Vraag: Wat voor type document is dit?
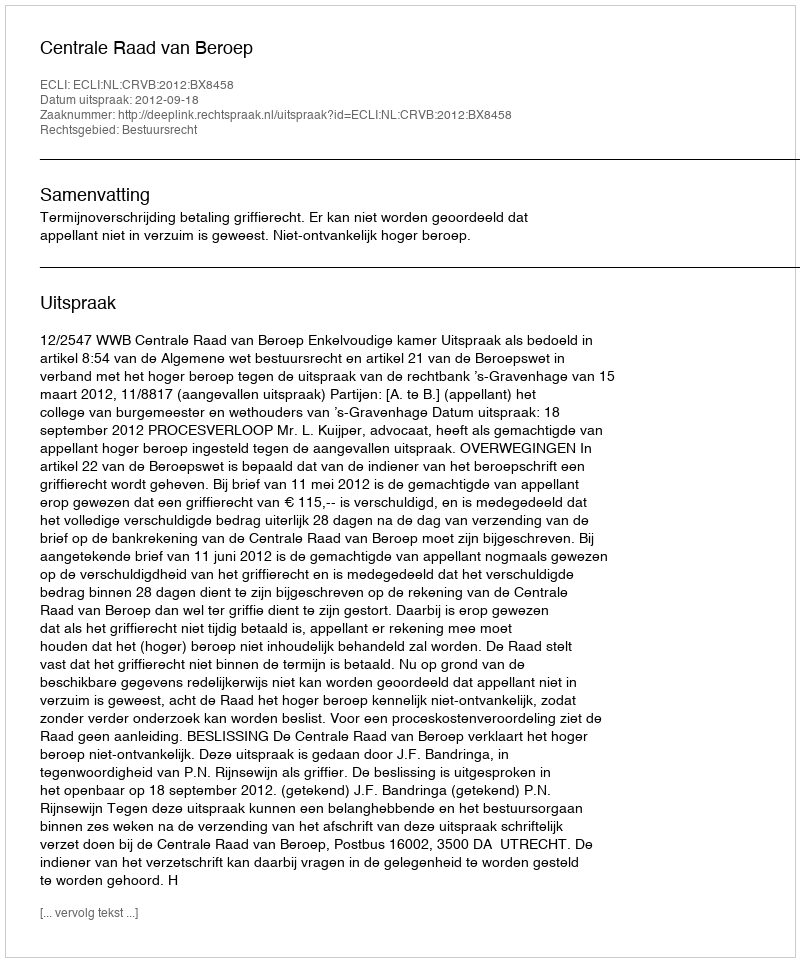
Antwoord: Uitspraak